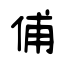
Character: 俌